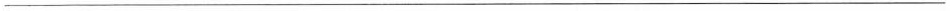
___